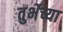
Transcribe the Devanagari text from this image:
तुर्भेच्या